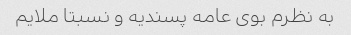
به نظرم بوی عامه پسندیه و نسبتا ملایم